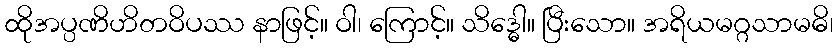
ထိုအပ္ပဏိဟိတဝိပဿ နာဖြင့်။ ဝါ၊ ကြောင့်။ သိဒ္ဓေါ။ ပြီးသော။ အရိယမဂ္ဂသာမဓိ၊